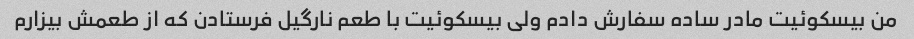
من بیسکوئیت مادر ساده سفارش دادم ولی بیسکوئیت با طعم نارگیل فرستادن که از طعمش بیزارم